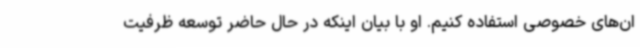
ان‌های خصوصی استفاده کنیم. او با بیان اینکه در حال حاضر توسعه ظرفیت